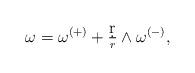
LaTeX: \begin{align*} \omega=\omega^{(+)}+\tfrac{\d r}{r}\wedge \omega^{(-)}, \end{align*}